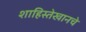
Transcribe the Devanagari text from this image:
शाहिस्तेखानचे